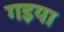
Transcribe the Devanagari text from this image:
गइया